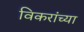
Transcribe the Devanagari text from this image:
विकरांच्या